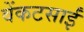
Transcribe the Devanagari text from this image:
वेंकटसाईं